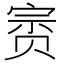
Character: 𰷥